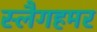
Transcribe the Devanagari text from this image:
स्लैगहमर